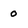
Character: 0